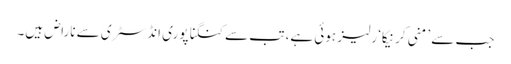
جب سے ’منی کرنیکا‘ رلیز ہوئی ہے، تب سے کنگنا پوری انڈسٹری سے ناراض ہیں۔